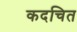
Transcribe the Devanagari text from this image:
कदचित